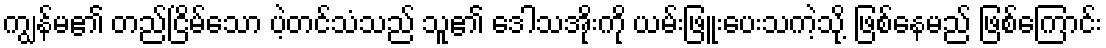
ကျွန်မ၏ တည်ငြိမ်သော ပဲ့တင်သံသည် သူ၏ ဒေါသအိုးကို ယမ်းဖြူးပေးသကဲ့သို့ ဖြစ်နေမည် ဖြစ်ကြောင်း